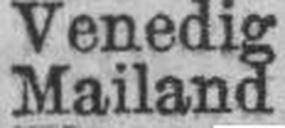
Mailand